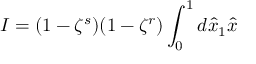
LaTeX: I = ( 1 - \zeta ^ { s } ) ( 1 - \zeta ^ { r } ) \int _ { 0 } ^ { 1 } d \hat { x } _ { 1 } \hat { x }